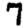
Digit: 7